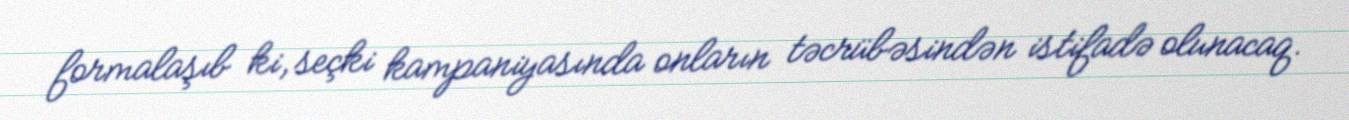
formalaşıb ki, seçki kampaniyasında onların təcrübəsindən istifadə olunacaq.